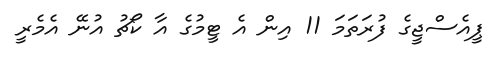
ޕީއެސްޖީގެ ފުރަތަމަ 11 އިން އެ ޓީމުގެ އާ ކޯޗު އުނޭ އެމެރީ